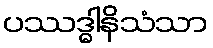
ပဿဒ္ဓါနိသံသာ